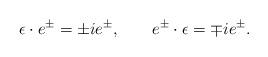
LaTeX: \begin{align*} \epsilon \cdot e^\pm = \pm i e^\pm, \qquad e^\pm \cdot \epsilon = \mp ie^\pm.\end{align*}